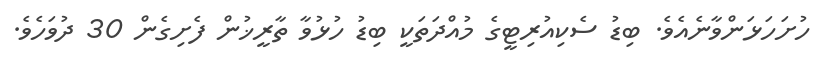
ހުށަހަޅަންވާނެއެވެ. ބިޑު ސެކިއުރިޓީގެ މުއްދަތަކީ ބިޑު ހުޅުވާ ތާރީޚުން ފެށިގެން 30 ދުވަހެވެ.